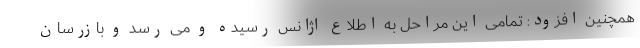
همچنین افزود: تمامی این مراحل به اطلاع اژانس رسیده و می رسد ‌و بازرسان